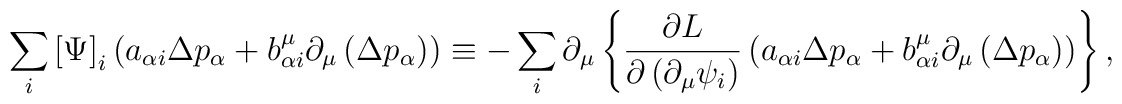
\sum_{i}\left[ \Psi \right] _{i}\left( a_{\alpha i}\Delta p_{\alpha}+b_{\alpha i}^{\mu }\partial _{\mu }\left( \Delta p_{\alpha }\right)\right) \equiv -\sum_{i}\partial _{\mu }\left\{ \frac{\partial L}{\partial\left( \partial _{\mu }\psi _{i}\right) }\left( a_{\alpha i}\Delta p_{\alpha}+b_{\alpha i}^{\mu }\partial _{\mu }\left( \Delta p_{\alpha }\right)\right) \right\} ,